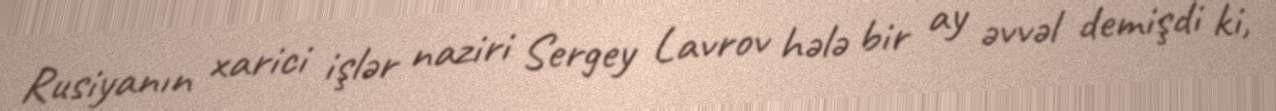
Rusiyanın xarici işlər naziri Sergey Lavrov hələ bir ay əvvəl demişdi ki,